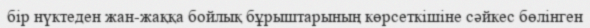
бір нүктеден жан-жаққа бойлық бұрыштарының көрсеткішіне сәйкес бөлінген